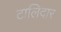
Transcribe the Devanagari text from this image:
टालिदार